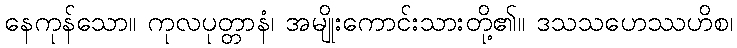
နေကုန်သော။ ကုလပုတ္တာနံ၊ အမျိုးကောင်းသားတို့၏။ ဒသသဟေဿဟိစ၊